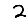
Digit: 2